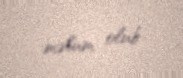
məlum olub.